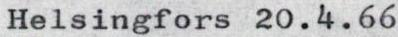
Helsingfors 20.4.66